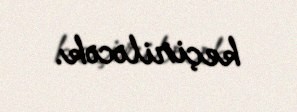
keçiriləcək.